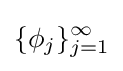
\{\phi _{j}\}_{j=1}^{\infty }